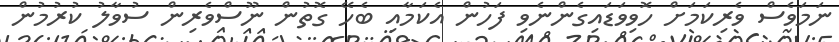
ނަމަވެސް ވެރިކަމަށް ހޮވިވަޑައިގެންނެވި ފަހުން އެކަމާއި ބެހޭ ގޮތުން ނޫސްވެރިން ސުވާލު ކުރުމުން